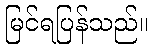
မြင်ရပြန်သည်။